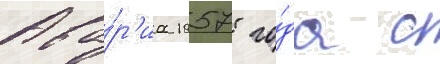
Ава́р'иа 1957 го́да с